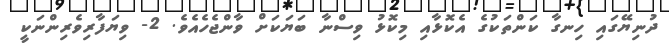
ދުނިޔޭގައި ހިނގާ ކަންތަކުގެ އެކޮޅާއި މިކޮޅު ވިސްނާ ބަޔަކަށް ވާންޖެހެއެވެ. 2- ވިޔަފާރިވެރިންނަކީ